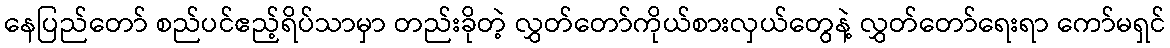
နေပြည်တော် စည်ပင်ဧည့်ရိပ်သာမှာ တည်းခိုတဲ့ လွှတ်တော်ကိုယ်စားလှယ်တွေနဲ့ လွှတ်တော်ရေးရာ ကော်မရှင်